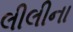
લીલીના